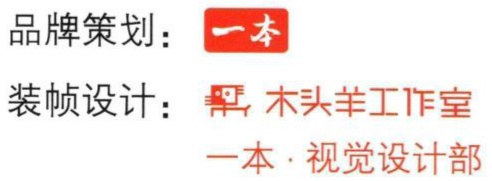
品牌策划：一本
装帧设计：木头羊工作室
一本·视觉设计部